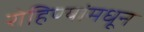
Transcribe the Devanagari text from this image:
रोहिण्यांमधून